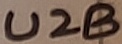
Text: U2B